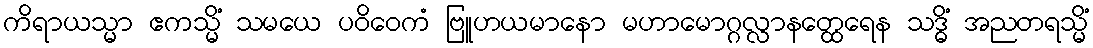
ကိရာယသ္မာ ဧကသ္မိံ သမယေ ပဝိဝေကံ ဗြူဟယမာနော မဟာမောဂ္ဂလ္လာနတ္ထေရေန သဒ္ဓိံ အညတရသ္မိံ